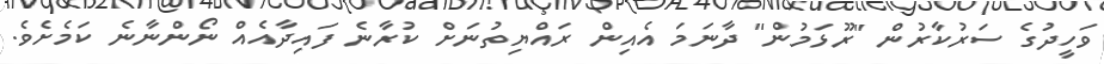
ވަހީދުގެ ސަރުކާރުން "ރޫޅަމުން" ދާނަމަ އެއިން ރައްޔިތުނަށް ކުރާނެ ފައިދާއެއް ނޯންނާނެ ކަމެށެވެ.